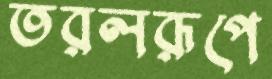
তরলরূপে